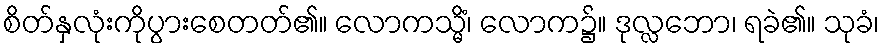
စိတ်နှလုံးကိုပွားစေတတ်၏။ လောကသ္မိံ၊ လောက၌။ ဒုလ္လဘော၊ ရခဲ၏။ သုခံ၊